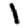
Digit: 1